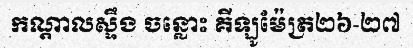
កណ្តាលស្ទឹង ចន្លោះ គីឡូម៉ែត្រ២៦-២៧